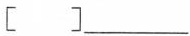
[ ]___